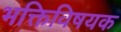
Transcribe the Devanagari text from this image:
भक्तिविषयक